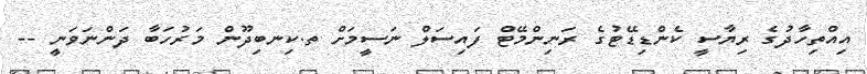
އިއްތިހާދުގެ ރިޔާސީ ކެންޑިޑޭޓުގެ ރަނިންމޭޓް ފައިސަލް ނަސީމަށް ތ.ކިނބިދޫން މަރުހަބާ ދަންނަވަނީ --